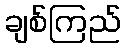
ချစ်ကြည်